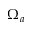
\Omega _ { a }